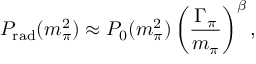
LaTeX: P _ { \mathrm { r a d } } ( m _ { \pi } ^ { 2 } ) \approx P _ { 0 } ( m _ { \pi } ^ { 2 } ) \left( \frac { \Gamma _ { \pi } } { m _ { \pi } } \right) ^ { \beta } ,